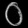
Digit: ၀